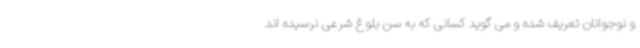
و نوجوانان تعریف شده و می گوید کسانی که به سن بلوغ شرعی نرسیده اند